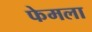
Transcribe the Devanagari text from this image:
फेमला